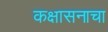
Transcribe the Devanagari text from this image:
कक्षासनाचा